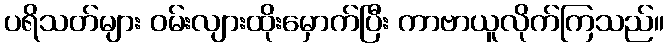
ပရိသတ်များ ဝမ်းလျားထိုးမှောက်ပြီး ကာဗာယူလိုက်ကြသည်။